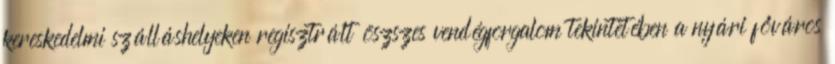
kereskedelmi szálláshelyeken regisztrált öszszes vendégforgalom tekintetében a nyári főváros